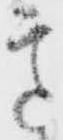
意